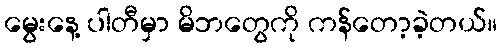
မွေးနေ့ ပါတီမှာ မိဘတွေကို ကန်တော့ခဲ့တယ်။